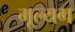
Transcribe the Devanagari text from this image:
मूल्यग